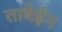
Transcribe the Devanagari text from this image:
ताबेईन